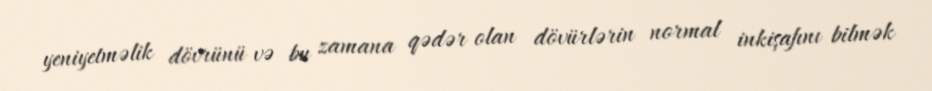
yeniyetməlik dövrünü və bu zamana qədər olan dövürlərin normal inkişafını bilmək